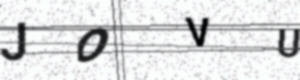
Text: JOVU